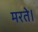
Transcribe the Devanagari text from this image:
मरते।